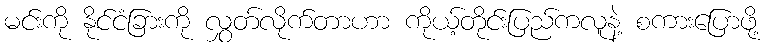
မင်းကို နိုင်ငံခြားကို လွှတ်လိုက်တာဟာ ကိုယ့်တိုင်းပြည်ကလူနဲ့ စကားပြောဖို့